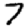
Digit: 7